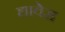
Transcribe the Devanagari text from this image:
द्यावेस